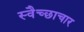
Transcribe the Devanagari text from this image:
स्‍वैच्‍छाचार